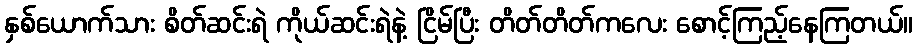
နှစ်ယောက်သား စိတ်ဆင်းရဲ ကိုယ်ဆင်းရဲနဲ့ ငြိမ်ပြီး တိတ်တိတ်ကလေး စောင့်ကြည့်နေကြတယ်။